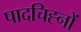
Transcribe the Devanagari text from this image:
पादचिह्नों